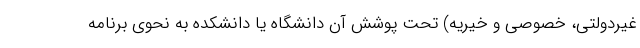
غیردولتی، خصوصی و خیریه) تحت پوشش آن دانشگاه یا دانشکده به نحوی برنامه